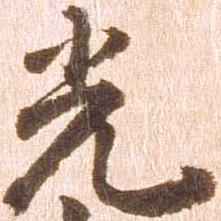
光